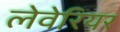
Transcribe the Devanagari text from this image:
लेवेरियर